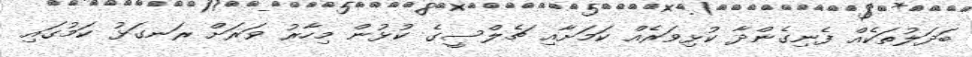
ބަދަލުތަކެއް ފެނިގެންދާ ކުޅިވަރެއް ކަމަށާއި ޗެލްސީގެ ކުޅުން މިހާރު ވަރަށް ރަނގަޅު ކަމުގައި